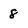
Character: 8